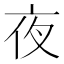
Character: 夜